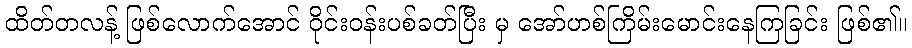
ထိတ်တလန့် ဖြစ်လောက်အောင် ဝိုင်းဝန်းပစ်ခတ်ပြီး မှ အော်ဟစ်ကြိမ်းမောင်းနေကြခြင်း ဖြစ်၏။